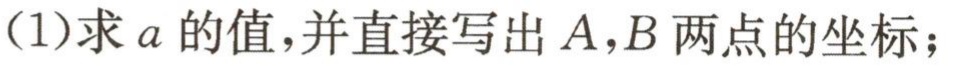
(1)求\(a\)的值,并直接写出\(A,B\)两点的坐标；